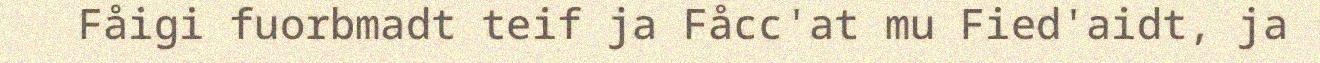
Fåigi fuorbmadt teif ja Fåcc'at mu Fied'aidt, ja